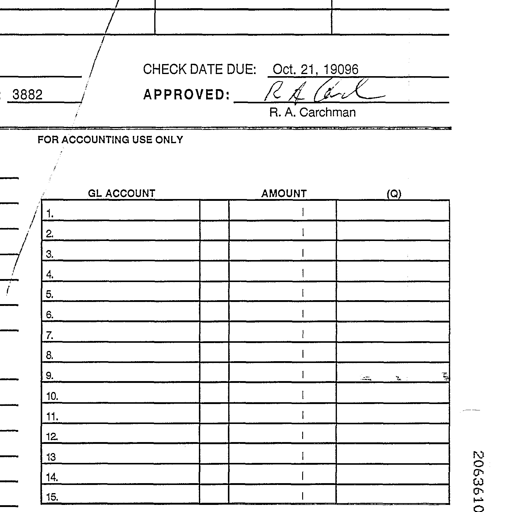
CHECK DATE DUE: Oct. 21, 19096
3882 APPROVED: R A Carch
R. A. Carchman
FOR ACCOUNTING USE ONLY
GL ACCOUNT AMOUNT (Q)
1.
2.
3.
4.
5.
6.
7.
8.
9. -- ~ ~
10.
11.
12.
13.
14.
15.
2063610